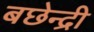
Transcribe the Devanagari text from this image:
बछेन्द्री